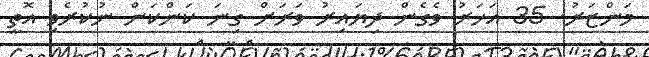
މަންޒަރު. 35 އަހަރު ވެގެން ދިޔައިރު ވަރަށް ގިނަ ކަންކަން ނުކުރެވި އޮތީ